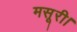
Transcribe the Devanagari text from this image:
मसूरी।